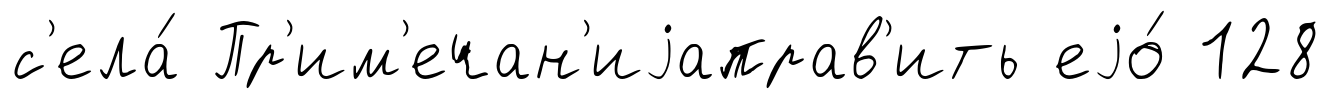
с'ела́ Пр'им'ечан'иjаправ'ить еjо́ 128